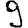
Digit: 9